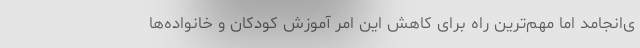
ی‌انجامد اما مهم‌ترین راه برای کاهش این امر آموزش کودکان و خانواده‌ها